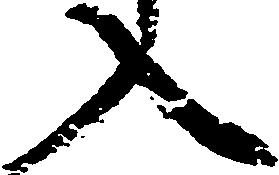
入